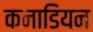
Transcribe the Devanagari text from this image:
कनाडियन